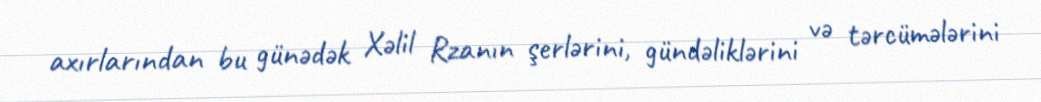
axırlarından bu günədək Xəlil Rzanın şerlərini, gündəliklərini və tərcümələrini